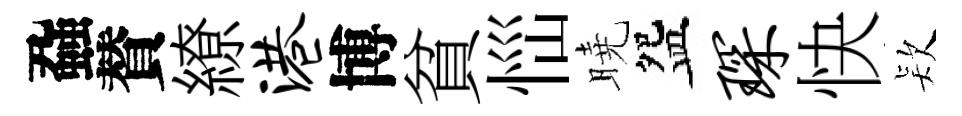
蝨賛繚港博貧𢙉曉盌琛快𣣇